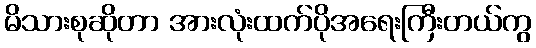
မိသားစုဆိုတာ အားလုံးထက်ပိုအရေးကြီးတယ်ကွ